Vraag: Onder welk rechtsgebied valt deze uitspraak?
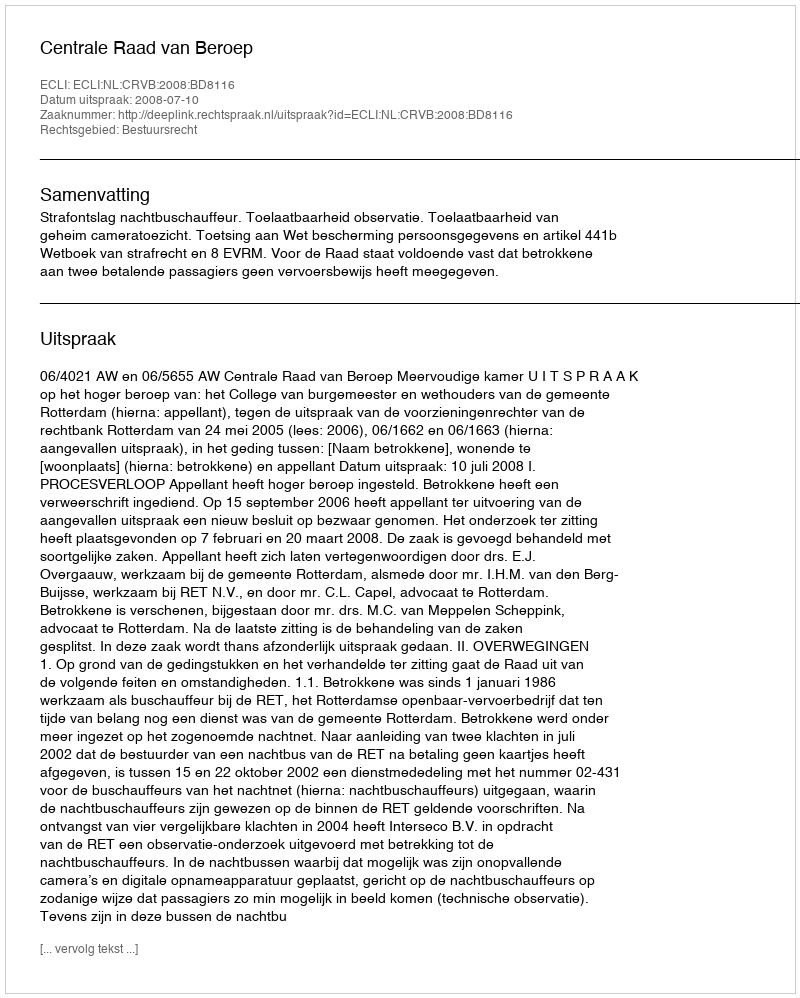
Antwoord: Bestuursrecht